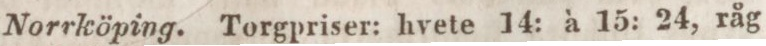
Norrköping. Torgpriser: hvete 14: à 15: 24, råg